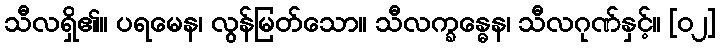
သီလရှိ၏။ ပရမေန၊ လွန်မြတ်သော။ သီလက္ခန္ဓေန၊ သီလဂုဏ်နှင့်။ [၀၂]